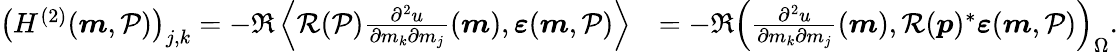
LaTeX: \begin{array}{rl}{\left(H^{(2)}(\boldsymbol{m},\mathcal{P})\right)_{j,k}=-\Re\left\langle\mathcal{R}(\mathcal{P})\frac{\partial^{2}u}{\partial m_{k}\partial m_{j}}(\boldsymbol{m}),\boldsymbol{\varepsilon}(\boldsymbol{m},\mathcal{P})\right\rangle}&{=-\Re\left(\frac{\partial^{2}u}{\partial m_{k}\partial m_{j}}(\boldsymbol{m}),\mathcal{R}(\boldsymbol{p})^{*}\boldsymbol{\varepsilon}(\boldsymbol{m},\mathcal{P})\right)_{\Omega}.}\end{array}